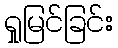
ရှုမြင်ခြင်း